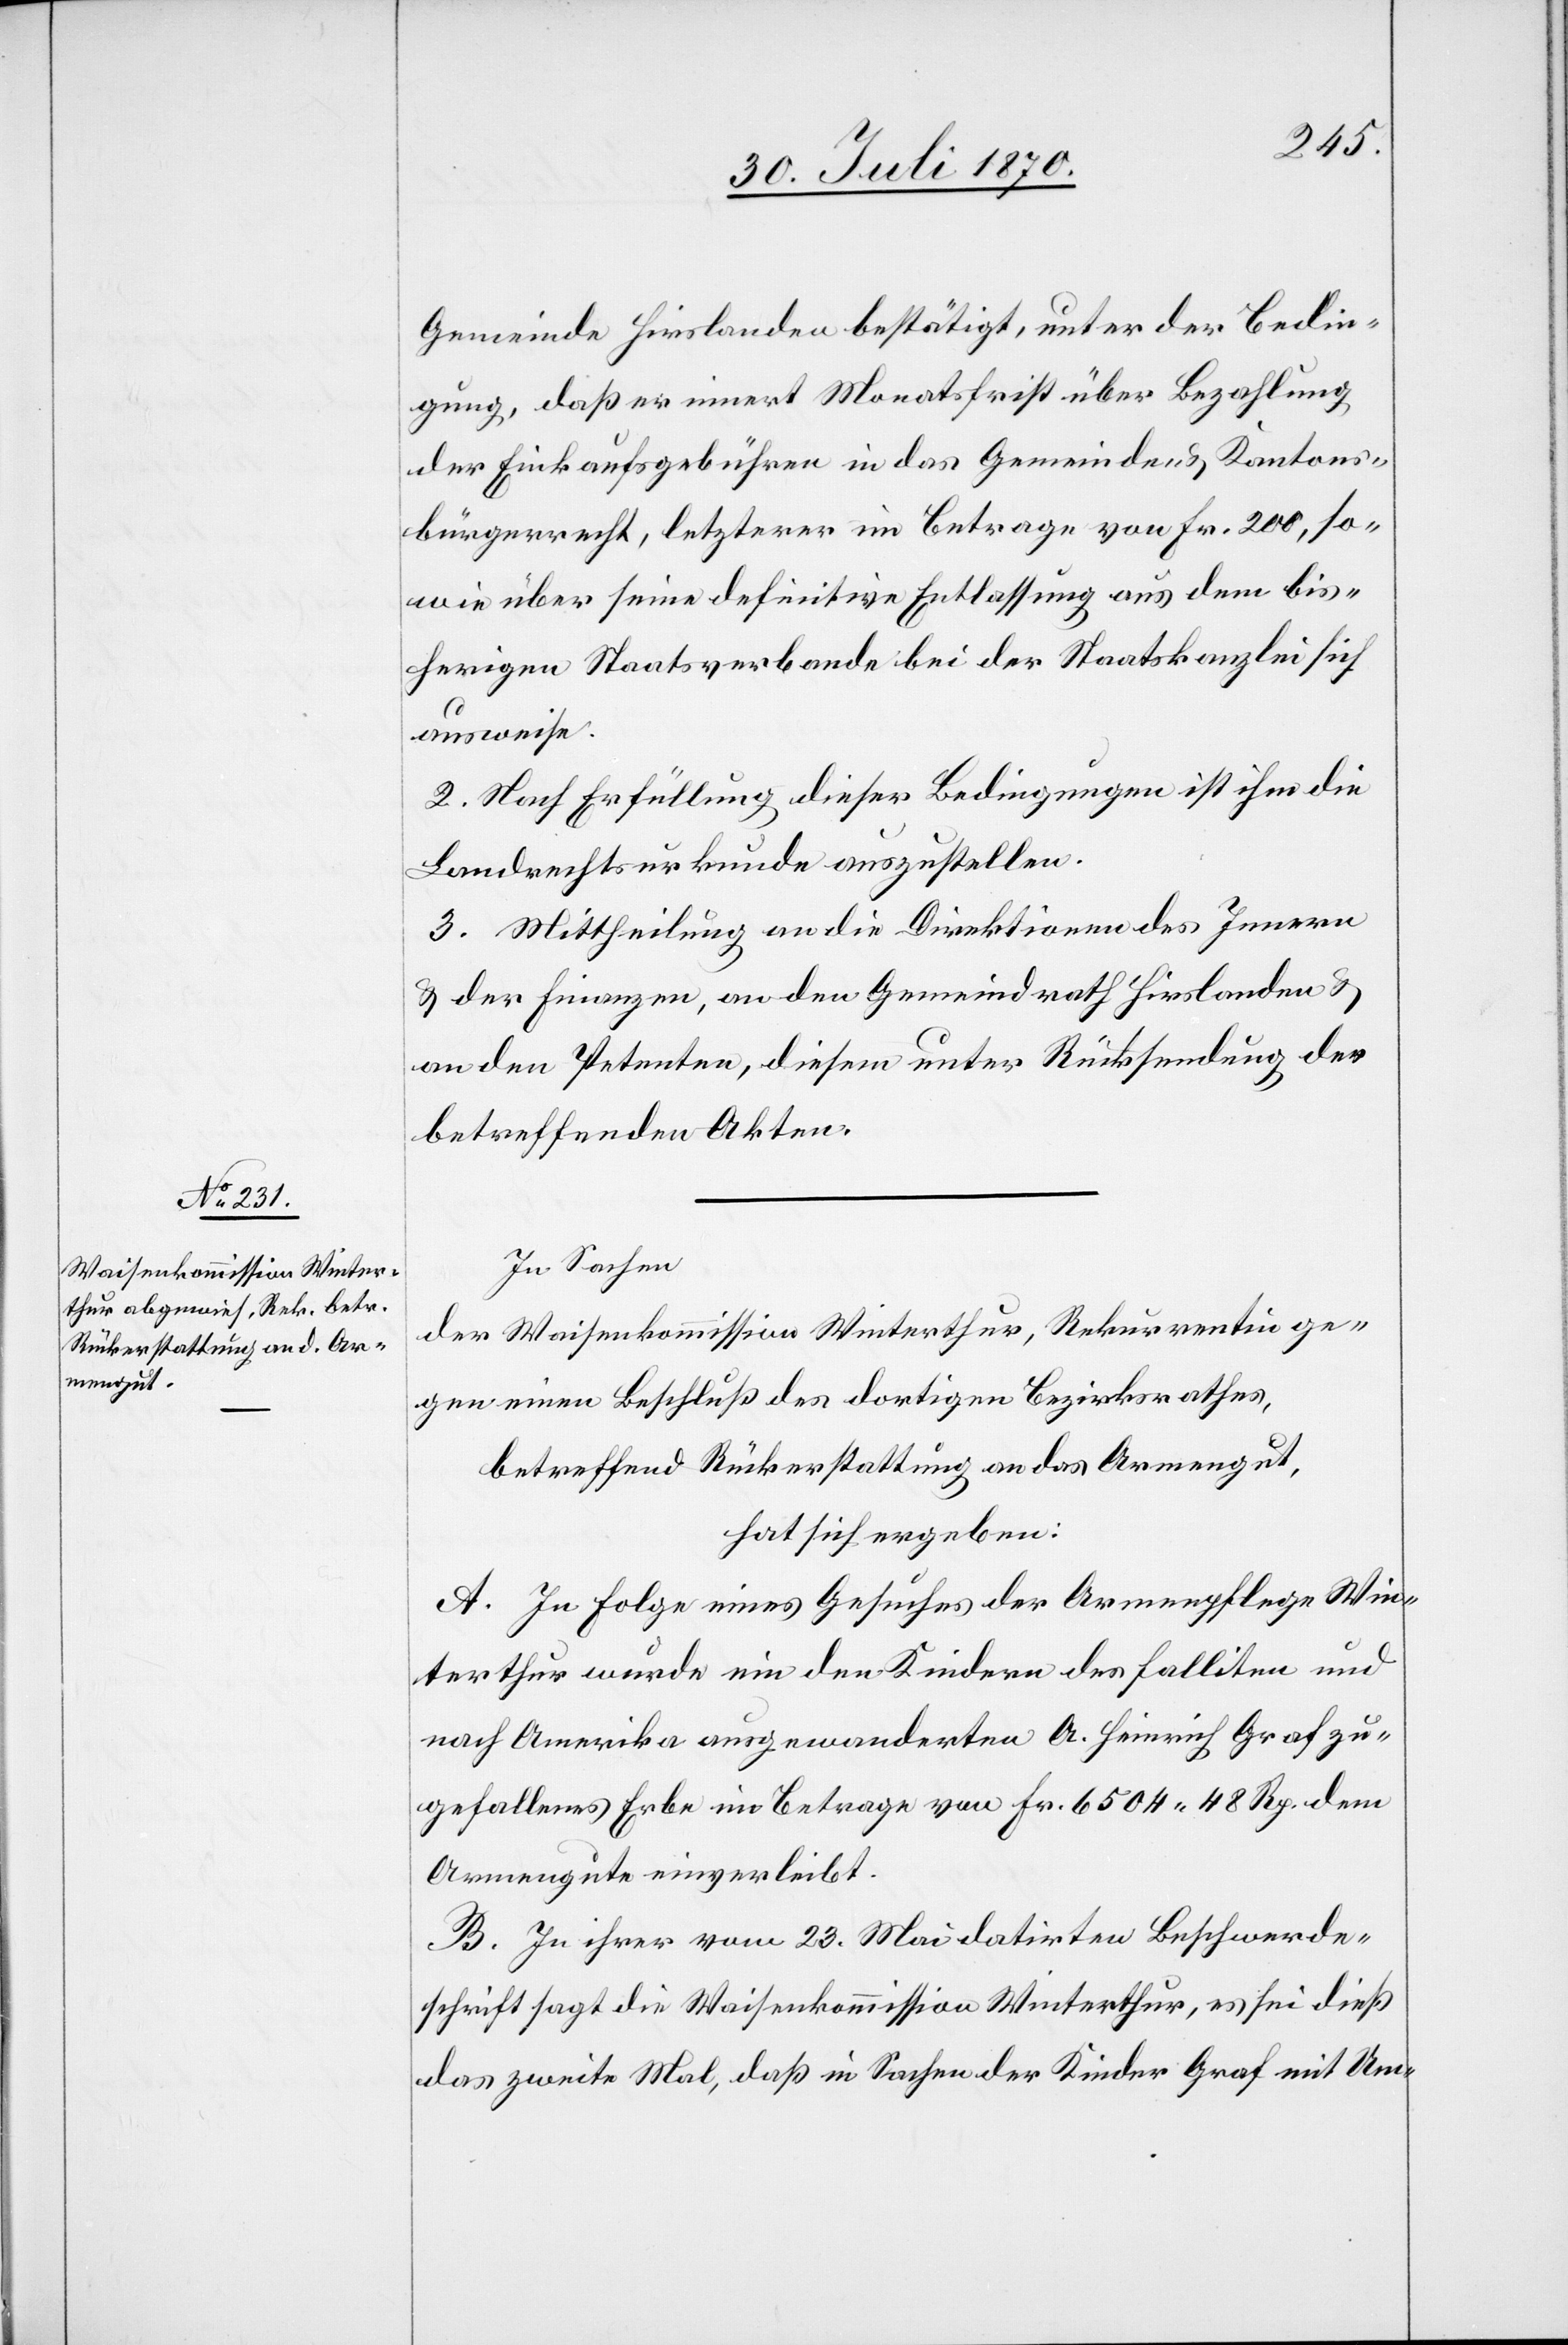
Gemeinde Hirslanden bestätigt, unter der Bedin¬
gung, daß er innert Monatsfrist über Bezahlung
der Einkaufsgebühren in das Gemeinde- & Kantons¬
bürgerrecht, letzterer [sic!] im Betrage von Fr. 200, so¬
wie über seine definitive Entlassung aus dem bis¬
herigen Staatsverbande bei der Staatskanzlei sich
ausweise.
2. Nach Erfüllung dieser Bedingungen ist ihm die
Landrechtsurkunde auszustellen.
3. Mittheilung an die Direktionen des Innern
& der Finanzen, an den Gemeindrath Hirslanden &
an den Petenten, diesem unter Rücksendung der
betreffenden Akten.
In Sachen
der Waisenkommission Winterthur, Rekurrentin ge¬
gen einen Beschluß des dortigen Bezirksrathes,
betreffend Rückerstattung an das Armengut,
hat sich ergeben:
A. In Folge eines Gesuches der Armenpflege Win¬
terthur wurde ein den Kindern des falliten und
nach Amerika ausgewanderten A. Heinrich Graf zu¬
gefallenes Erbe im Betrage von Fr. 6504.48 Rp. dem
Armengute einverleibt.
B. In ihrer vom 23. Mai datirten Beschwerde¬
schrift sagt die Waisenkommission Winterthur, es sei dieß
das zweite Mal, daß in Sachen der Kinder Graf mit Um-